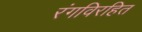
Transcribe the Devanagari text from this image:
रंगविरहित